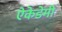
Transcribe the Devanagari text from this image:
ऐकेडेमी